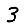
Digit: 3